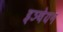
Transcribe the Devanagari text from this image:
इञ्चेयन